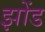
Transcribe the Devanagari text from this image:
झोंड